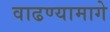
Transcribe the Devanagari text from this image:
वाढण्यामागे